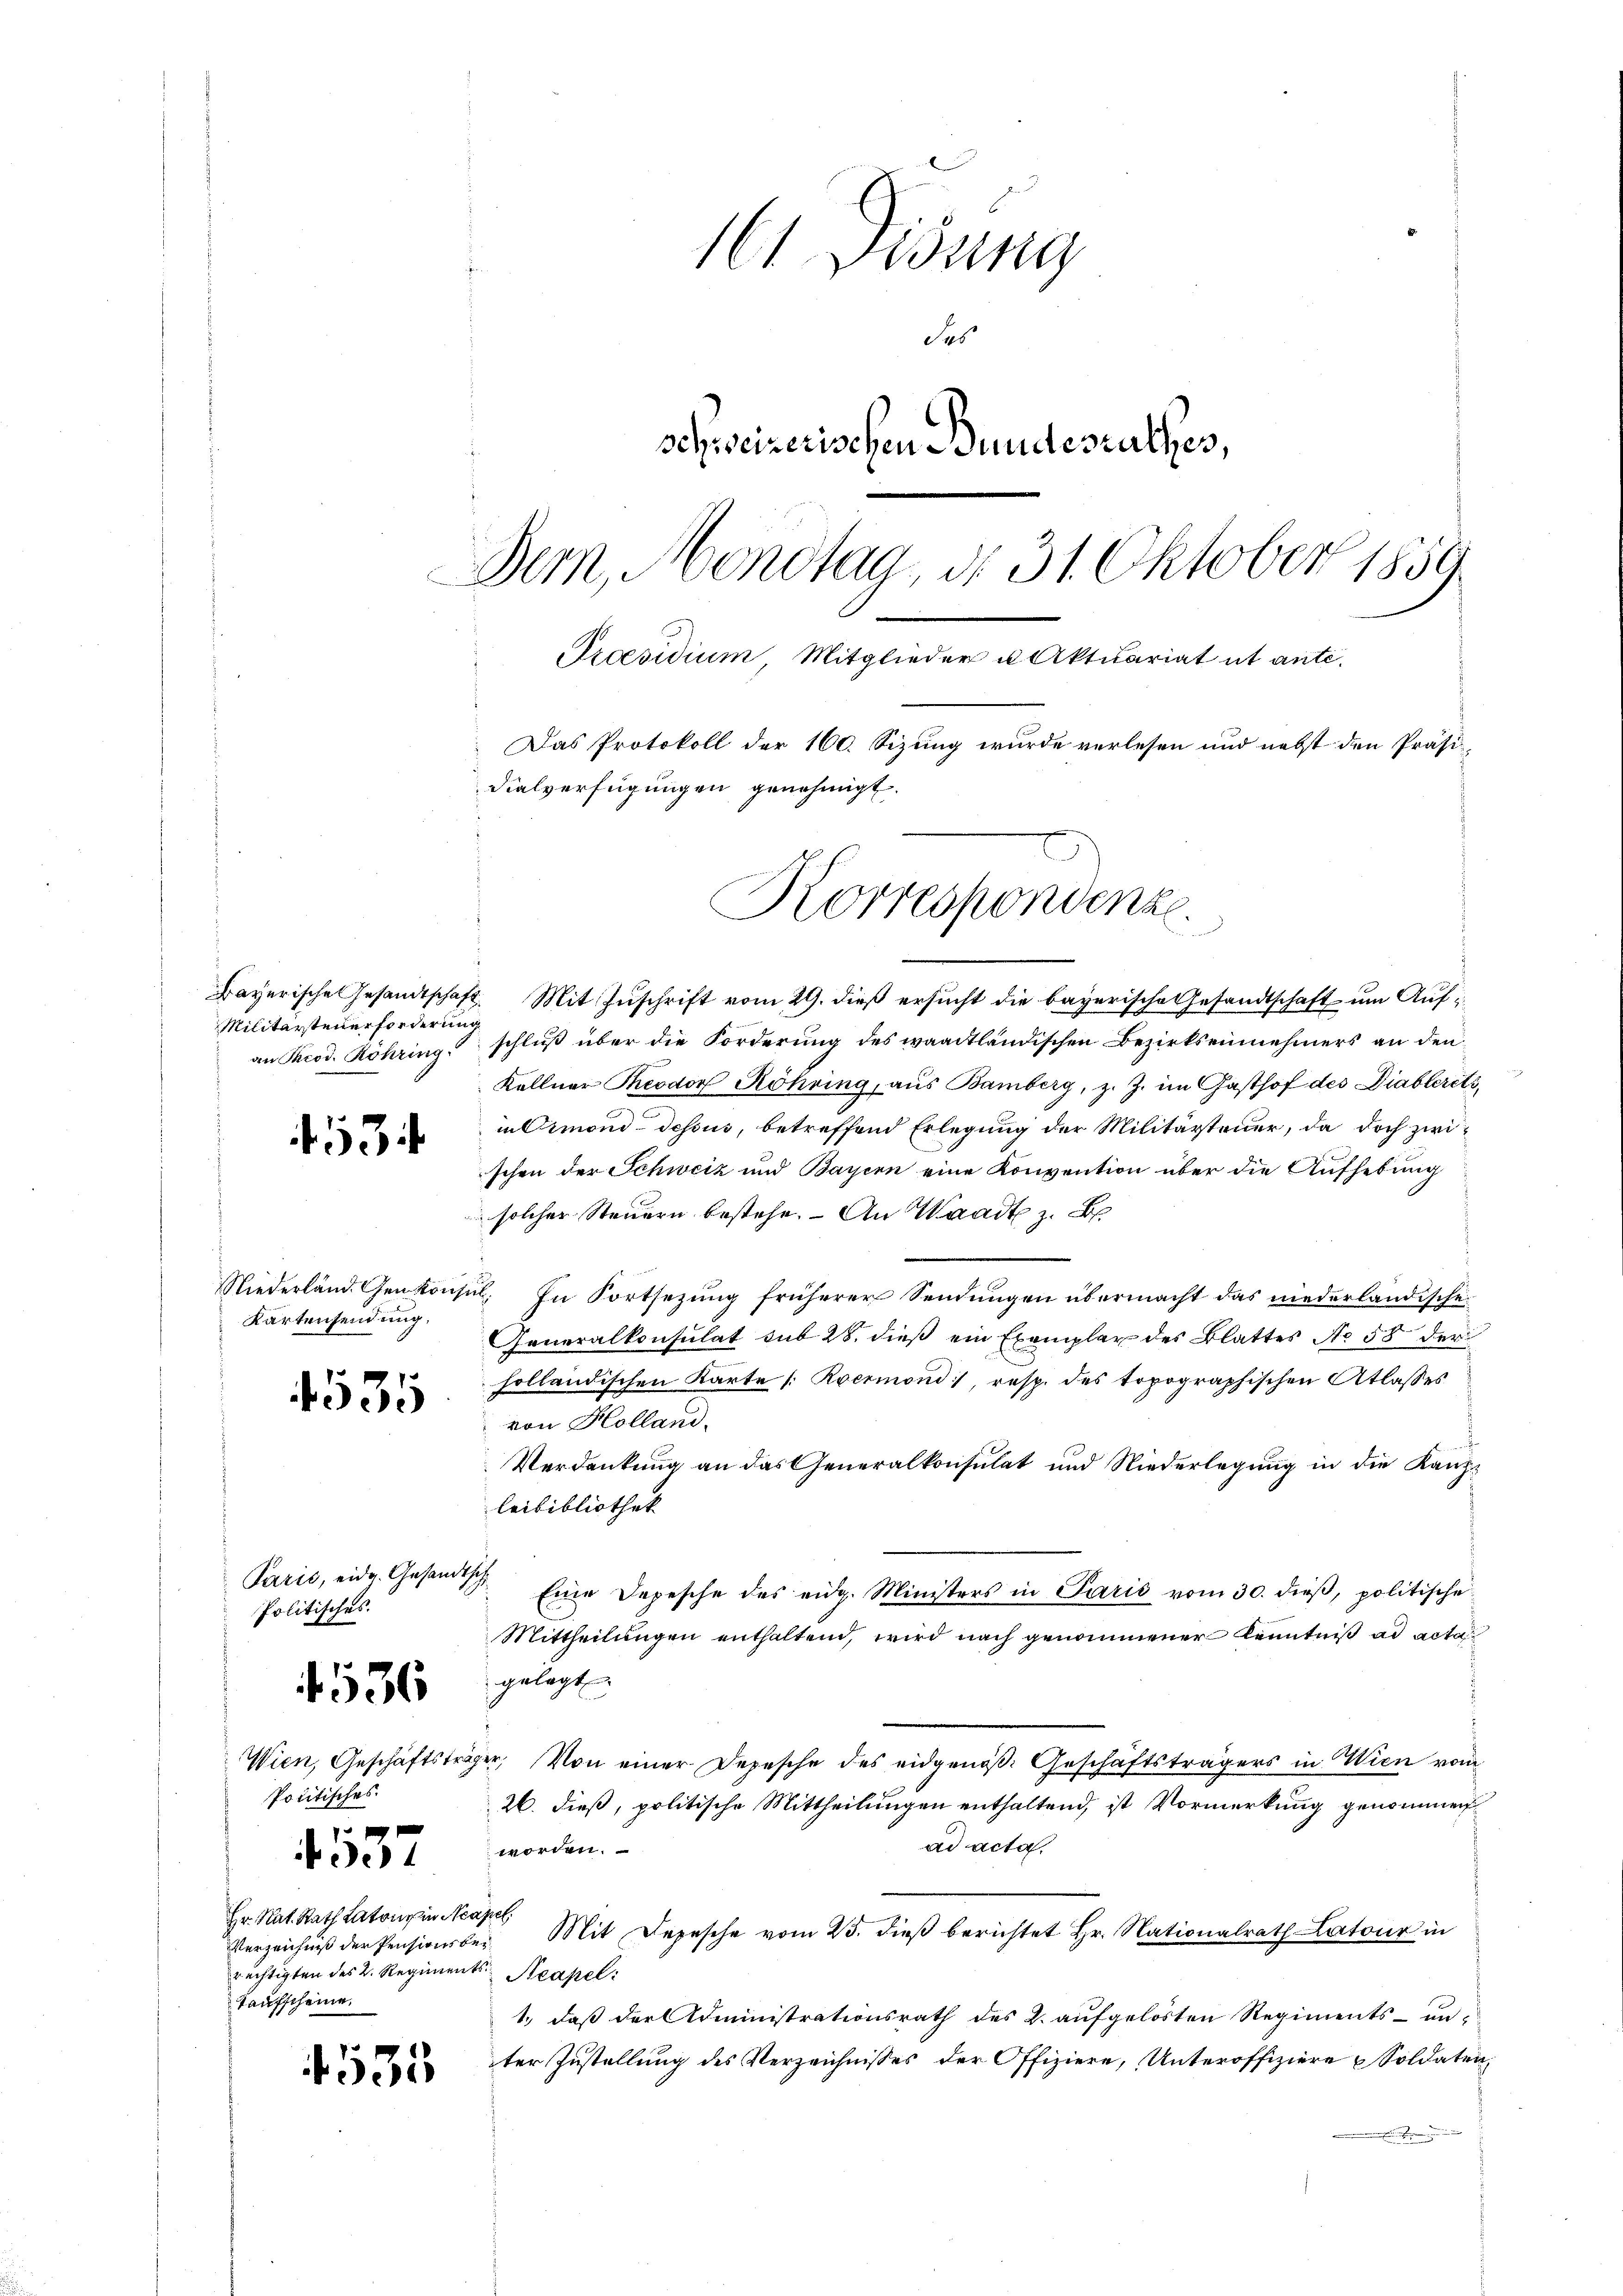
Militärsteuerforderung
an Theod. Röhring

534

Niederländ. Genkonf
Kartensendung,

4535

Paris, eidg. Gesandtsch
Politisches.

4536

Politisches.
u

4337

Hr. Nat. Rath Latone in Neapel
Verzeichniß der Pensirer bei
rechtigten des 2. Regiments Neapel:
Taufscheine

535

161 Disung
Sas
schweizerischen Bundesrathes,
Dem Mondtag, d. 31. Oktober 1859
Praesidium Mitglieder u. Aktuariat ut ante¬
Das Protokoll der 160. Sizung wurde verlesen und nebst den Präsi-
dialverfügungen genehmigt.

Bayerische Gesandtschaft. Mit Zuschrift vom 29. dieß ersucht die bayerische Gesandtschaft um Aufschluß über die Forderung des waadtländischen Bezirkseinnehmers an den
Kellner Theodor Röhring, aus Bamberg, z. Z. im Gasthof des Diablerets,
in Ormond-dessus, betreffend Erlegung der Militärsteuer, da doch zwischen der Schweiz und Bayern eine Konvention über die Aufhebung
solcher Steuern bestehe. An Waadt z. B.
u. In Fortsezung früherer Sendungen übermacht das niederländische
Generalkonsulat sub 28. dieß ein Exemplar des Blattes No 58 der
holländischen Karte /: Roermond, resp. des topographischen Atlasses
von Holland.
Verdankung an das Generalkonsulat und Niederlegung in die Kanzleibibliothek
Eine Depesche des eidg. Ministers in Paris vom 30. dieß, politische
Mittheilungen enthaltend, wird nach genommener Kenntniß ad acta
gelegt
Wien, Geschäftsträger, Von einer Depesche des eidgenöβ: Geschäftsträgers in Wien vom
26. dieß, politische Mittheilungen enthaltend, ist Vormerkung genommen
ad acta.
worden.
Mit Depesche vom 25. dieβ berichtet Hr. Nationalrath Latour in
1., daß der Administrationsrath des 2. aufgelösten Regiments- unter Zustellung des Verzeichnisses der Offiziere, Unteroffiziere Soldaten,
.

Korrespondenze